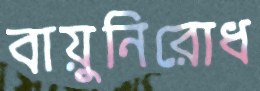
বায়ুনিরোধ